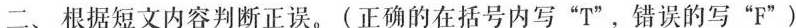
二、根据短文内容判断正误。(正确的在括号内写"T"，错误的写"F")